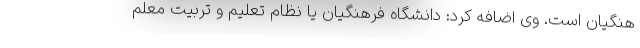
هنگیان است. وی اضافه کرد: دانشگاه فرهنگیان یا نظام تعلیم و تربیت معلم